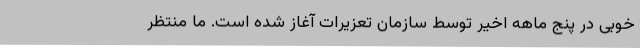
خوبی در پنج ماهه اخیر توسط سازمان تعزیرات آغاز شده‌ است. ما منتظر